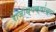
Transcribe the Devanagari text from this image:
राजाध्यक्षांच्या